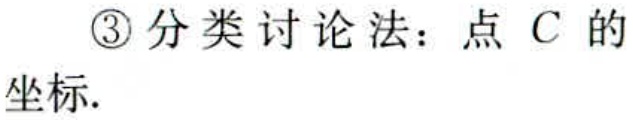
\textcircled{3} 分类讨论法：点 \(C\) 的坐标.